Newspaper: The Cairo daily bulletin.
Place of publication: Cairo, Ill.
Publisher: John H. Oberly & Co.
Date: 1870-06-17 00:00:00
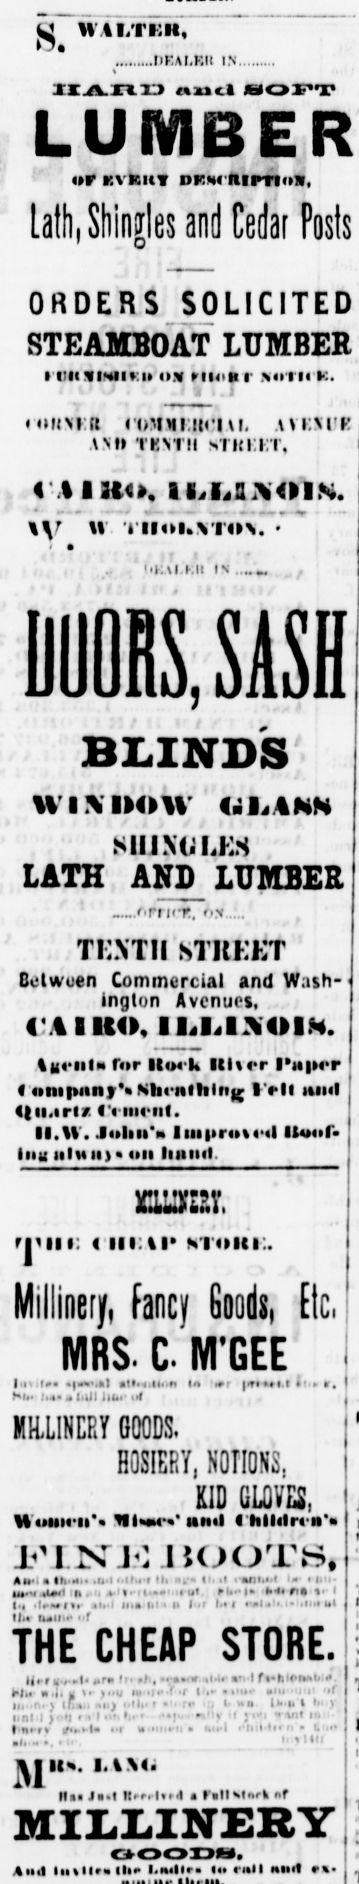
Advertisement text (OCR):
gWAiiTTTii7 DKAl.i'.lt IN t irAXllD mcl SOFT LUMBER or KVKItY DRNchlPTlOW, Lath. Shlneles and Cedar Posts ORDERS SOLICITED STEAMBOAT LUMBER rtiitxisni:i os hioh r nothk. j i (UIIMIlt CTiMilLUOIAI, AVIIM'K a xi) Ti'.xrn stim:i;t, HI.AW.ll IN BLINDS WlMMnV UJaiANN SlUNtiLtiS LATH AND LUMBER ftrncK, on ,. TKXTII STKKKT Dctwuen Commercial and Wash ington Avenues, (JAEltO, IIjI,IOI.S. Au'UIm for Itot-li Itlvcr I'aprr Compiiny Ntit'iittiiiig l'cll ami ln.iriy. (ViiK'iil. II.U'. .IoIiii'h Iuiirl Itoof Inu iiIuiij on liaiiil. rjiin: ui:ai stoki:. Millinery, fancy Goods, Etc. MRS. C M'GEE In t. ,kl atl.niii.n In -t limit lt If. Mk - 4ul ill iiui el MILLINERY GOODS, HOSIERY, NOTIONS, KID GLOVES, Women .TIImuV iiimI ('lillilrcii' iiisrjfl jjoots Ali-I a IIi.mi. .u.li ilu r (li n.- I' .anl.i.t ' Hi . m-thIm! in . . ii ui rln-l n v 1 ll !- II ' ah i In Ii' ' Ii I ' ! i'L" ilm ut II,. !ilu 1 THE CHEAP STORE. Ire rl'ri ' ar, fa.nr .Me ti I f l-hloiikb Ml.l KJ. If tf 1..L. Ill HI' ' r t I" .i'll' k'U '( II III I ) 'I. I' I nit i u I it I 'I t . vit . Il I '! P !, Inny if.-l i r u .1, ( M lis. l.XStl lid Jot llarrltnl a lIIMnrk of MILLINERY Ami lilt Mr III l.mllr. o mil Hint r. DUQRS, SASH
Label: text-only